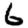
Digit: 6